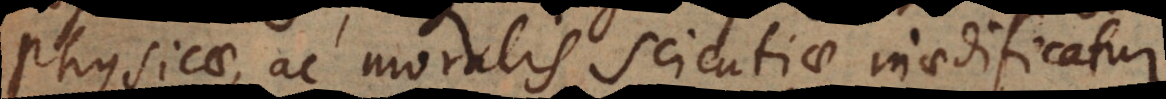
physicae, ac moralis scientiae inaedificat